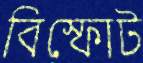
বিস্ফোট